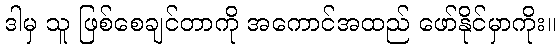
ဒါမှ သူ ဖြစ်စေချင်တာကို အကောင်အထည် ဖော်နိုင်မှာကိုး။